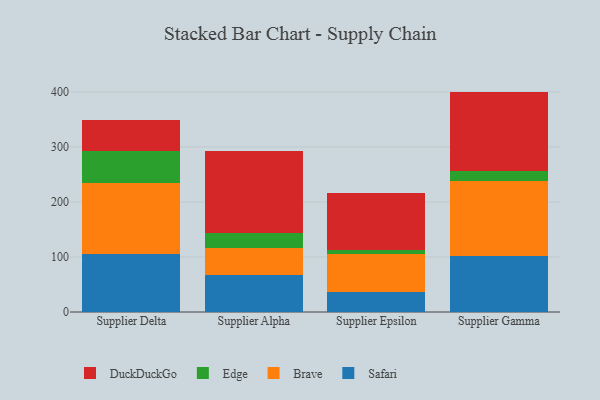
{"axis": {"x": "Supplier", "y": "Bounce Rate (%)"}, "legend": ["Brave", "DuckDuckGo", "Edge", "Safari"], "data": [{"x": "Supplier Delta", "y": 105.5, "type": "Safari"}, {"x": "Supplier Delta", "y": 129.3, "type": "Brave"}, {"x": "Supplier Delta", "y": 57.4, "type": "Edge"}, {"x": "Supplier Delta", "y": 56.8, "type": "DuckDuckGo"}, {"x": "Supplier Alpha", "y": 68.0, "type": "Safari"}, {"x": "Supplier Alpha", "y": 48.3, "type": "Brave"}, {"x": "Supplier Alpha", "y": 28.0, "type": "Edge"}, {"x": "Supplier Alpha", "y": 148.9, "type": "DuckDuckGo"}, {"x": "Supplier Epsilon", "y": 37.0, "type": "Safari"}, {"x": "Supplier Epsilon", "y": 68.2, "type": "Brave"}, {"x": "Supplier Epsilon", "y": 7.6, "type": "Edge"}, {"x": "Supplier Epsilon", "y": 103.6, "type": "DuckDuckGo"}, {"x": "Supplier Gamma", "y": 102.5, "type": "Safari"}, {"x": "Supplier Gamma", "y": 135.9, "type": "Brave"}, {"x": "Supplier Gamma", "y": 18.0, "type": "Edge"}, {"x": "Supplier Gamma", "y": 144.2, "type": "DuckDuckGo"}]}